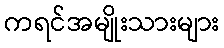
ကရင်အမျိုးသားများ